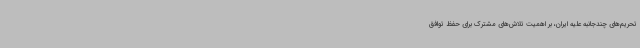
تحریم‌های چندجانبه علیه ایران، بر اهمیت تلاش‌های مشترک برای حفظ توافق